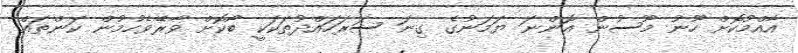
އާއްމުކޮށް ހޫނު މޫސުން އޮންނަ ޔަމަނުގެ ގިނަ ސަރަހައްދުތަކަކީ ބޯކޮށް ވާރޭވެހުމުން ކަންތައް